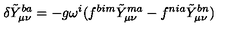
\delta \tilde { Y } _ { \mu \nu } ^ { b a } = - g \omega ^ { i } ( f ^ { b i m } \tilde { Y } _ { \mu \nu } ^ { m a } - f ^ { n i a } \tilde { Y } _ { \mu \nu } ^ { b n } )